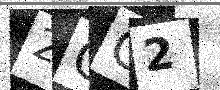
Text: 2GG2